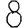
Digit: 8